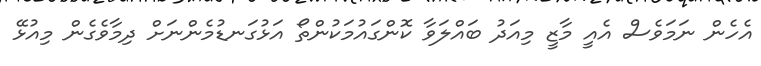
އެހެން ނަމަވެސް އެއީ މާޒީ މިއަދު ބައްލަވާ ކޮންގައުމަކުންތޯ އަޅުގަނޑުމެންނަށް ދިމާވެގެން މިއުޅޭ